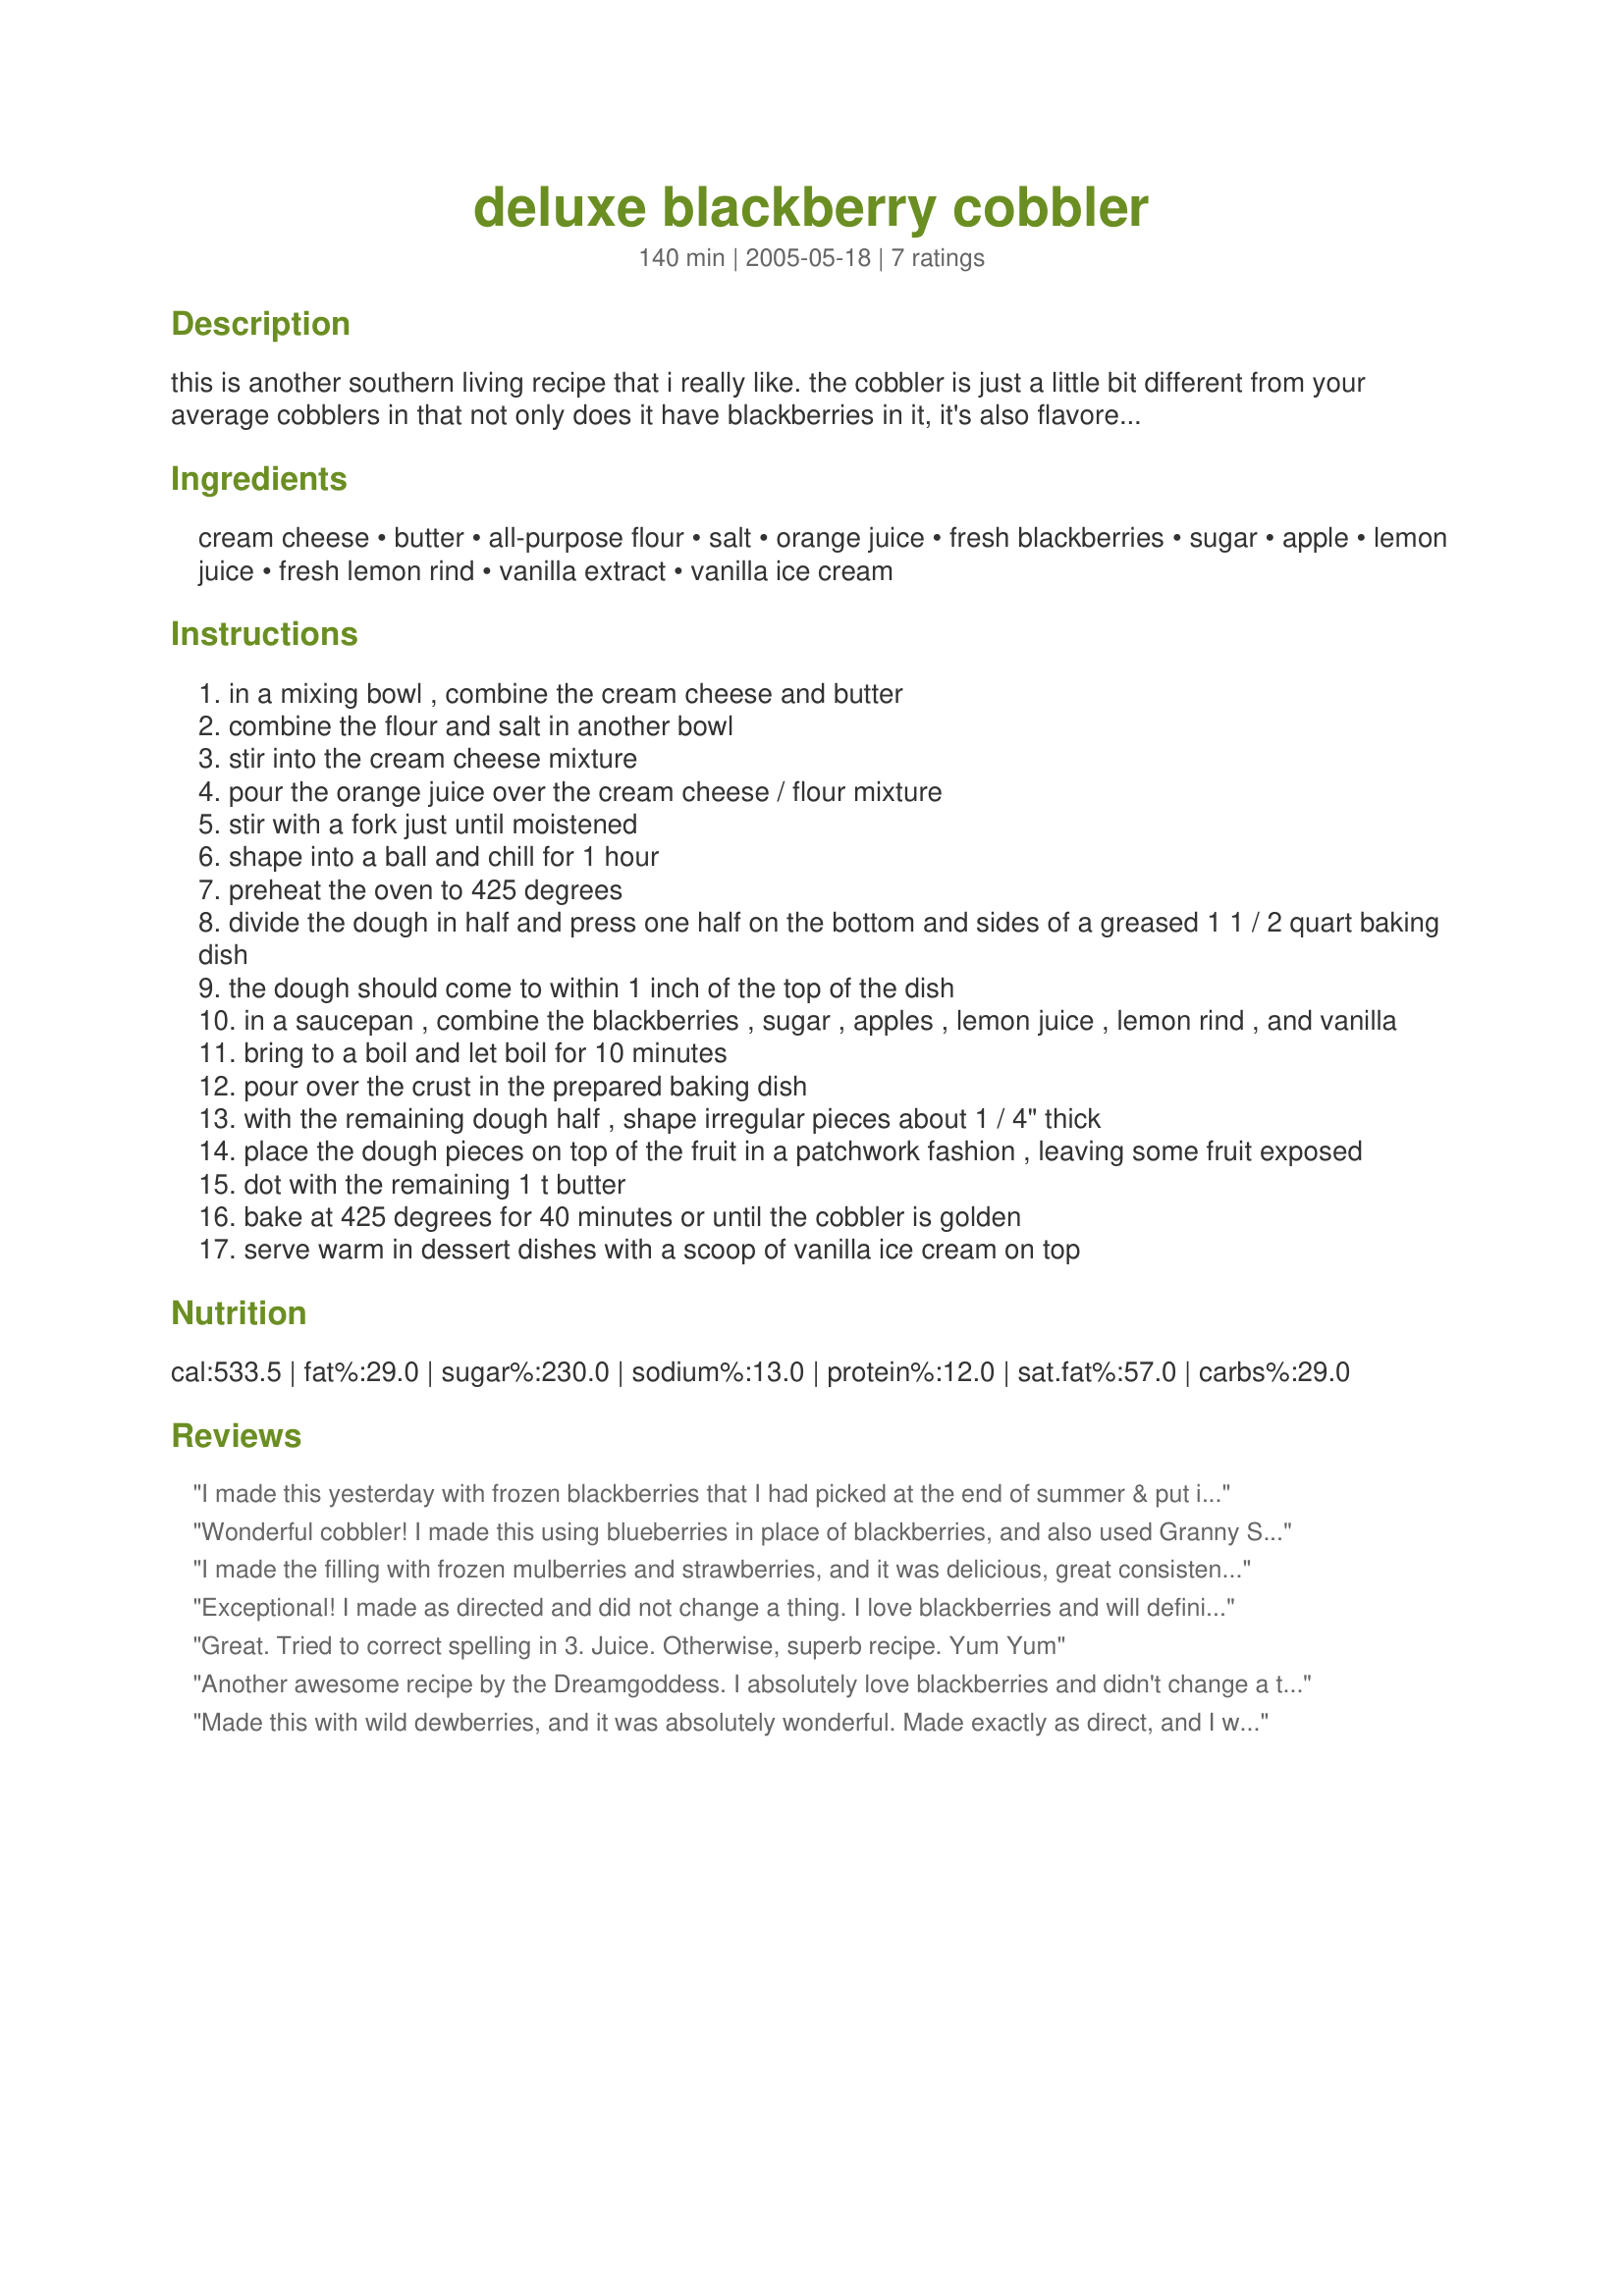
deluxe blackberry cobbler
Preparation time: 140 minutes

this is another southern living recipe that i really like. the cobbler is just a little bit different from your average cobblers in that not only does it have blackberries in it, it's also flavored with a cream cheese crust, apples, orange juice and lemon juice. talk about bursting with flavor! this is delicious served warm with a scoop of vanilla ice cream on top.

Ingredients:
cream cheese, butter, all-purpose flour, salt, orange juice, fresh blackberries, sugar, apple, lemon juice, fresh lemon rind, vanilla extract, vanilla ice cream

Steps:
in a mixing bowl , combine the cream cheese and butter
combine the flour and salt in another bowl
stir into the cream cheese mixture
pour the orange juice over the cream cheese / flour mixture
stir with a fork just until moistened
shape into a ball and chill for 1 hour
preheat the oven to 425 degrees
divide the dough in half and press one half on the bottom and sides of a greased 1 1 / 2 quart baking dish
the dough should come to within 1 inch of the top of the dish
in a saucepan , combine the blackberries , sugar , apples , lemon juice , lemon rind , and vanilla
bring to a boil and let boil for 10 minutes
pour over the crust in the prepared baking dish
with the remaining dough half , shape irregular pieces about 1 / 4" thick
place the dough pieces on top of the fruit in a patchwork fashion , leaving some fruit exposed
dot with the remaining 1 t butter
bake at 425 degrees for 40 minutes or until the cobbler is golden
serve warm in dessert dishes with a scoop of vanilla ice cream on top

Reviews:
I made this yesterday with frozen blackberries that I had picked at the end of summer & put in the freezer with no clues as to how to use them. The flavour was fantastic, I don't think the berries being frozen made any difference. I loved the appley/citrus flavour with the rich cream cheese batter. Thanks Kim!
Wonderful cobbler! I made this using blueberries in place of blackberries, and also used Granny Smith apples. One of the better cobblers I have made. Thans Dreamgoddess!
I made the filling with frozen mulberries and strawberries, and it was delicious, great consistency from the addition of apple (I found only one apple was needed to yield 1 cup). However, I was not much of a fan of the pastry, I found it tough and with little flavour. I did use light cream cheese which might have caused the problem, I would make this again and try to fiddle with the pastry a bit.
Exceptional! I made as directed and did not change a thing. I love blackberries and will definitely make this again!
Great. Tried to correct spelling in 3. Juice.

Otherwise, superb recipe. Yum Yum
Another awesome recipe by the Dreamgoddess. I absolutely love blackberries and didn't change a thing. It was perfect. The fruit was tart, tangy and sweet, with a lovely light crust. We really enjoyed the addition of the vanilla, it takes the dish to a different level. This cobbler was sheer perfection served with vanilla bean ice cream. Into my keeper box this goes. Thanks so much for sharing. :)
Made this with wild dewberries, and it was absolutely wonderful. Made exactly as direct, and I wouldn't change a thing.
